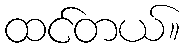
ထင်တယ်။